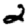
Digit: 2